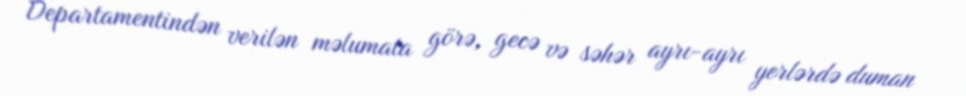
Departamentindən verilən məlumata görə, gecə və səhər ayrı-ayrı yerlərdə duman